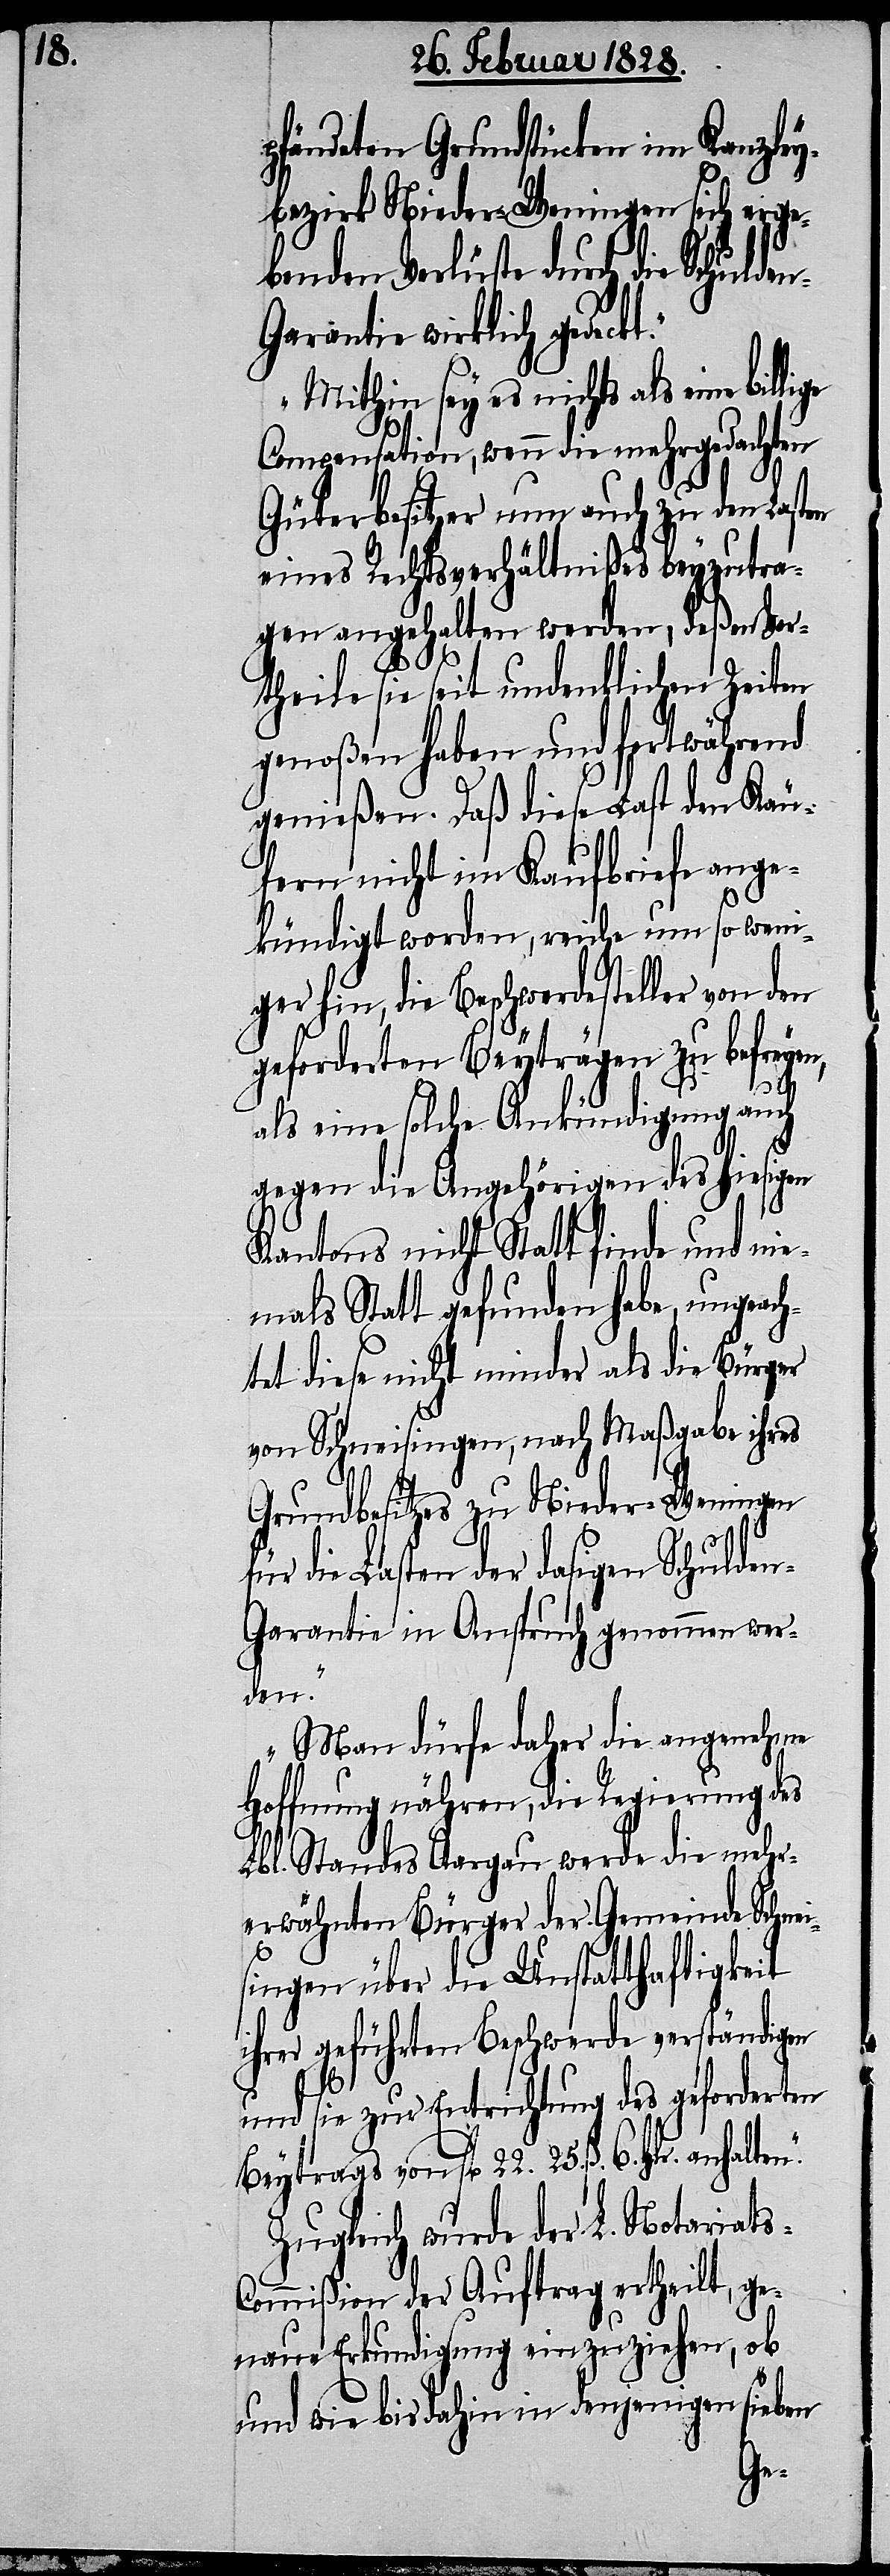
pfändeten Grundstücken im Kanzley¬
bezirk Nieder-Weningen sich erge¬
benden Verlüste durch die Schulde¬
arantie wirklich gedeckt.
Mithin sey es nichts als eine
Compensation, wenn die mehrgedachten
Güterbesitzer nun auch zu den Lasten
eines Rechtsverhältnißes beyzutra¬
gen angehalten werden, deßen Vor¬
theile sie seit undenklichen Zeiten
genoßen haben und fortwährend
genießen. Daß diese Last den Käu¬
fern nicht im Kaufbriefe ange¬
kündigt worden, reiche um so weni¬
ger hin, die Beschwerdesteller von den
geforderten Beyträgen zu befreyen,
als eine solche Ankündigung auch
n.“
gegen die Angehörigen des hiesigen
Kantons nicht Statt finde und nie¬
mals Statt gefunden habe, ungeach¬
tet diese nicht minder als die Bürger
von Schneisingen, nach Maßgabe ihres
Grundbesitzes zu Nieder-Weningen
für die Lasten der dasigen Schulden-G¬
arantie in Anspruch genommen wer¬
den.
Man dürfe daher die angenehme
Hoffnung nähren, die Regierung des
Lbl. Standes Aargau werde die mehr¬
erwähnten Bürger der Gemeinde Schnei¬
singen über die Unstatthaftigkeit
ihrer geführten Beschwerde verständigen
und sie zur Entrichtung des geforderten
Beytrags von fl. 22. 25.ß 6. Hlr. anhalte¬
Zugleich wurde der L. Notariats-C¬
ommißion der Auftrag ertheilt, ge¬
naue Erkundigung einzuziehen, ob
und wie bis dahin in denjenigen sieben